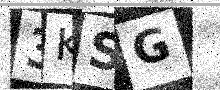
Text: 3KSG